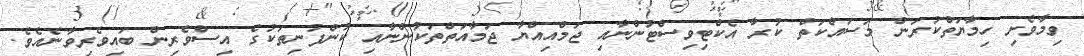
ވިމާވެށި ހިމާޔަތްކުރަން މަސައްކަތް ކުރާ އެކްޓިވިސްޓުންނާއި ޖަމްއިއްޔާ ޖަމާއަތްތަކުންނާއި ކުންފުނިތަކުގެ އިސްވެރިން ބައިވެރިވާނެއެވެ.